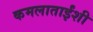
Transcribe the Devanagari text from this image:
कमलाताईंशी